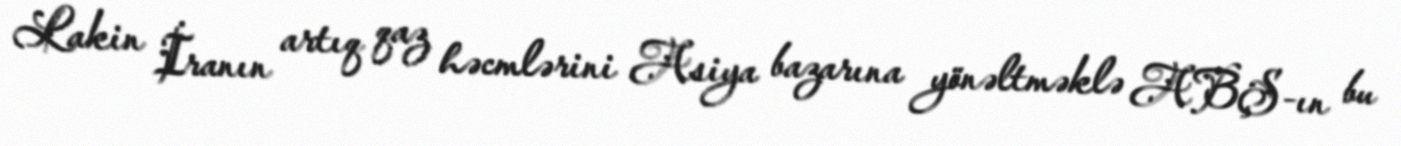
Lakin İranın artıq qaz həcmlərini Asiya bazarına yönəltməklə ABŞ-ın bu